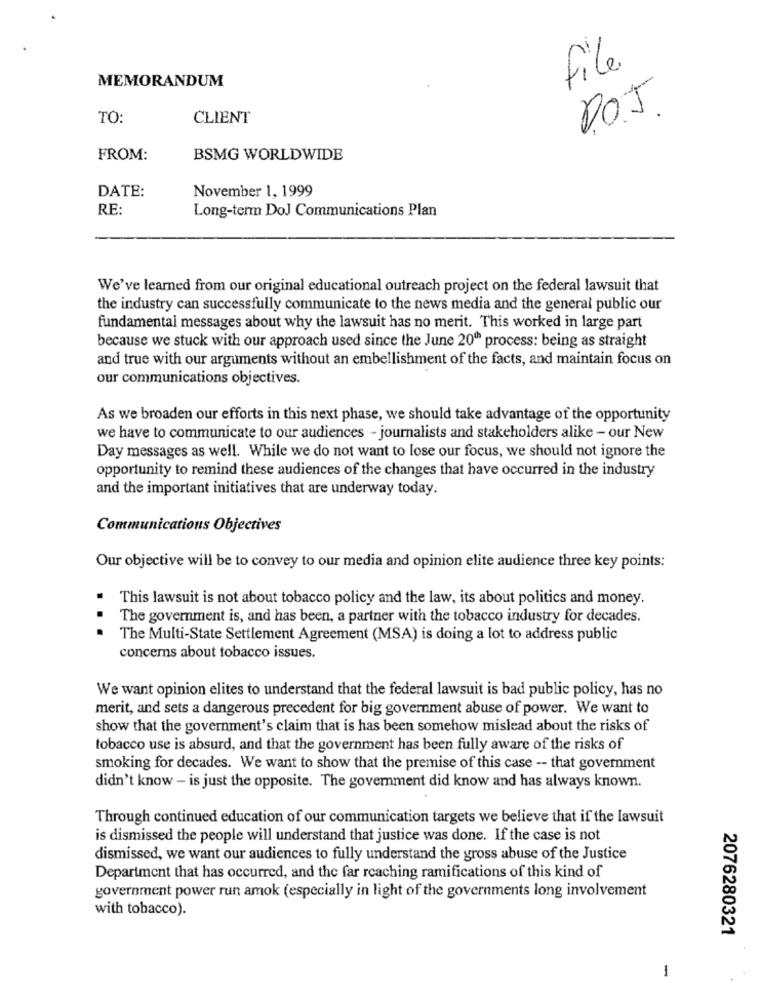
file
MEMORANDUM
DOJ
TO:
CLIENT
FROM:
BSMG WORLDWIDE
November 1, 1999
DATE:
RE:
Long-term DoJ Communications Plan
We've learned from our original educational outreach project on the federal lawsuit that
the industry can successfully communicate to the news media and the general public our
fundamental messages about why the lawsuit has no merit. This worked in large part
because we stuck with our approach used since the June 20" process: being as straight
and true with our arguments without an embellishment of the facts, and maintain focus on
our communications objectives.
As we broaden our efforts in this next phase, we should take advantage of the opportunity
we have to communicate to our audiences - journalists and stakeholders alike - our New
Day messages as well. While we do not want to lose our focus, we should not ignore the
opportunity to remind these audiences of the changes that have occurred in the industry
and the important initiatives that are underway today.
Communications Objectives
Our objective will be to convey to our media and opinion elite audience three key points:
This lawsuit is not about tobacco policy and the law, its about politics and money.
.
The government is, and has been, a partner with the tobacco industry for decades.
The Multi-State Settlement Agreement (MSA) is doing a lot to address public
concerns about tobacco issues.
We want opinion elites to understand that the federal lawsuit is bad public policy, has no
merit, and sets a dangerous precedent for big government abuse of power. We want to
show that the government's claim that is has been somehow mislead about the risks of
tobacco use is absurd, and that the government has been fully aware of the risks of
smoking for decades. We want to show that the premise of this case -- that government
didn't know - is just the opposite. The government did know and has always known.
Through continued education of our communication targets we believe that if the lawsuit
is dismissed the people will understand that justice was done. If the case is not
dismissed, we want our audiences to fully understand the gross abuse of the Justice
Department that has occurred, and the far reaching ramifications of this kind of
government power run amok (especially in light of the governments long involvement
with tobacco).
2076280321
1